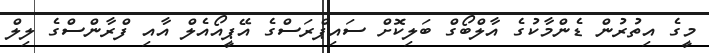
މީގެ އިތުރުން ޑެންމާކުގެ އާލްބޯގް ބަލިކޮށް ސައިޕްރަސްގެ އޭޕީއޯއެލް އާއި ފްރާންސްގެ ލިލް